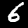
Label: 6